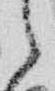
之